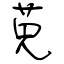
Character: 莧